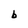
Character: b